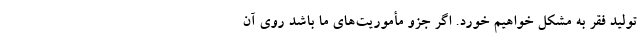
تولید فقر به مشکل خواهیم خورد. اگر جزو مأموریت‌های ما باشد روی آن